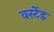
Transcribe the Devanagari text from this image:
वर्स्टेड